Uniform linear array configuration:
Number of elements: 16
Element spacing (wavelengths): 0.75
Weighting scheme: binomial
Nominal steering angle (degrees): -15
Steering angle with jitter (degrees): -16.833
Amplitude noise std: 0.05
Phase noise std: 0.05

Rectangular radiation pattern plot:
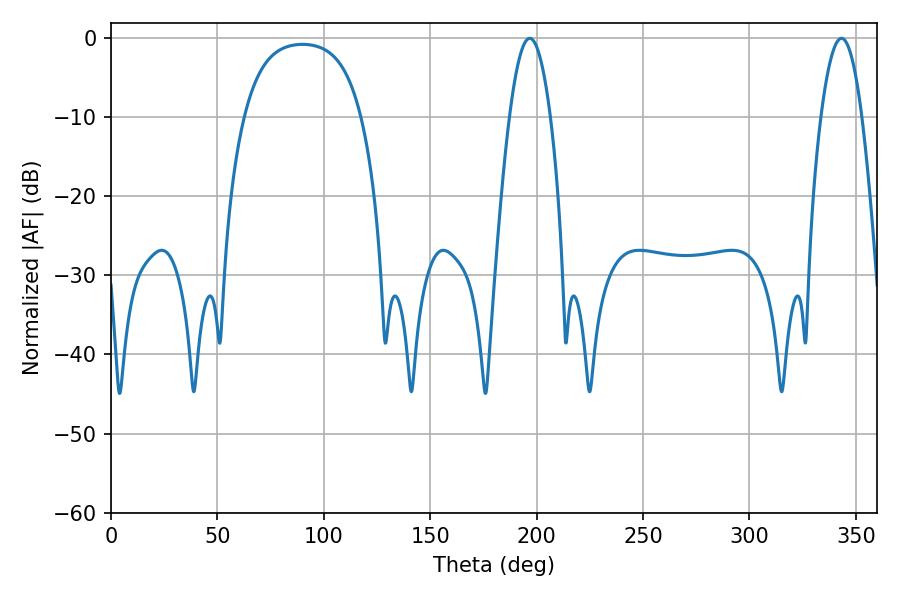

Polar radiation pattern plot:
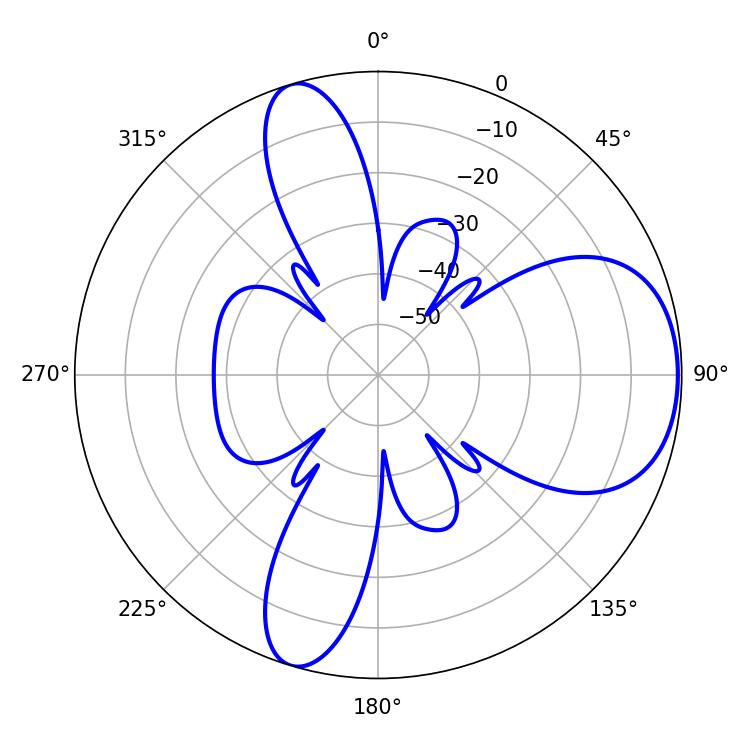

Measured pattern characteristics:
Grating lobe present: TRUE
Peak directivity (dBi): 6.803
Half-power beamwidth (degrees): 10.62
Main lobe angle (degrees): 343.26